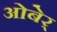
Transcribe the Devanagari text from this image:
ओबेर्